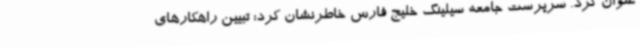
عنوان کرد. سرپرست جامعه سیلینگ خلیج فارس خاطرنشان کرد: تبیین راهکارهای